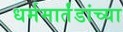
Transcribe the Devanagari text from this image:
धर्ममार्तंडांच्या